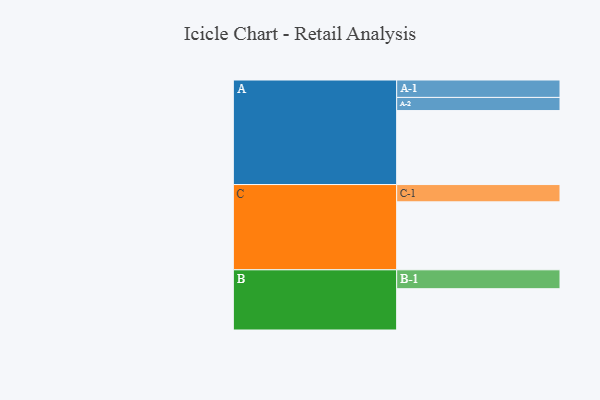
{"axis": {"x": "Segment", "y": "Value"}, "legend": ["", "A", "B", "C"], "data": [{"x": "A", "y": 552, "type": ""}, {"x": "B", "y": 308, "type": ""}, {"x": "C", "y": 507, "type": ""}, {"x": "A-1", "y": 130, "type": "A"}, {"x": "A-2", "y": 98, "type": "A"}, {"x": "B-1", "y": 141, "type": "B"}, {"x": "C-1", "y": 129, "type": "C"}]}